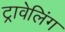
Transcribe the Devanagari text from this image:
ट्रावेलिंग